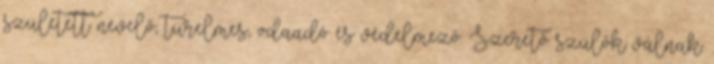
született nevelő; türelmes, odaadó és védelmező. Szerető szülők válnak